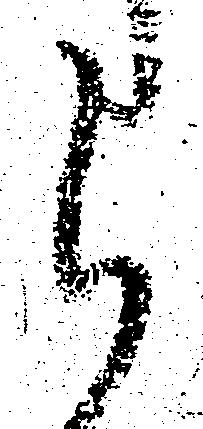
ら